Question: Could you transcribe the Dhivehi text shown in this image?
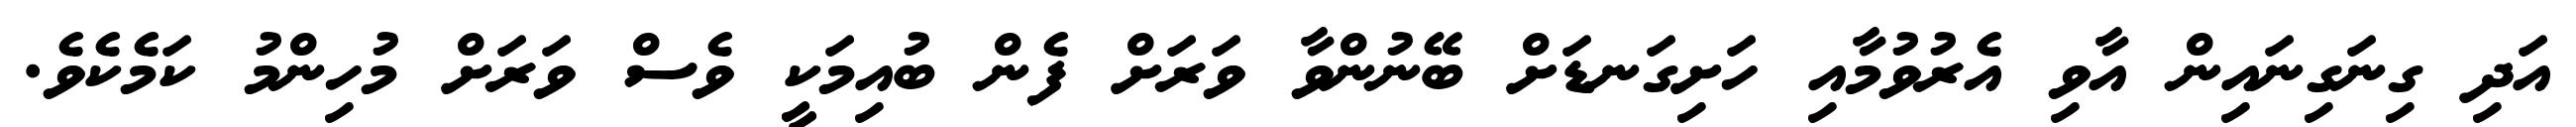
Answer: އަދި ގިނަގިނައިން އާވި އެރުވުމާއި ހަށިގަނޑަށް ބޭނުންވާ ވަރަށް ފެން ބުއިމަކީ ވެސް ވަރަށް މުހިންމު ކަމެކެވެ.